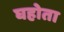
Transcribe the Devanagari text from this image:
घहोता